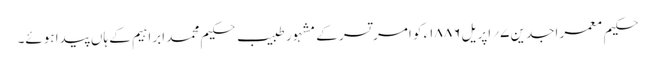
حکیم معمر اجدین ۷؍ اپریل ۱۸۸۶ء کو امر تسر کے مشہور طبیب حکیم محمد ابراہیم کے ہاں پیدا ہوئے۔